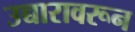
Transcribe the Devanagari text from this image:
उच्चारावरून